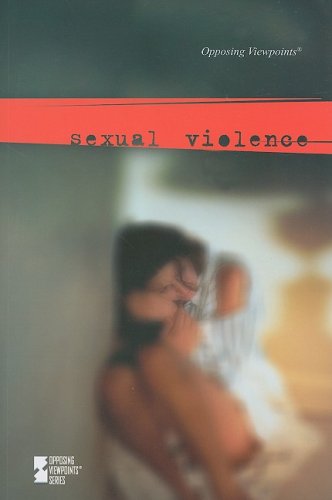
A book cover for Sexual Violence (Opposing Viewpoints); Teen & Young Adult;